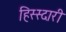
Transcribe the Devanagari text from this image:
हिस्स्दारी